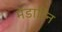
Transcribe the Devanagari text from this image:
मेंडारिन